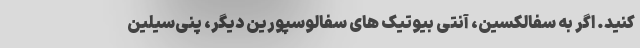
کنید. اگر به سفالکسین، آنتی بیوتیک های سفالوسپورین دیگر، پنی‌سیلین